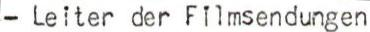
- Leiter der Filmsendungen